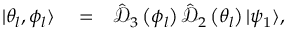
\begin{array} { r l r } { | \theta _ { l } , \phi _ { l } \rangle } & { { } = } & { \hat { \mathcal D } _ { 3 } \left( \phi _ { l } \right) \hat { \mathcal D } _ { 2 } \left( \theta _ { l } \right) | \psi _ { 1 } \rangle , } \end{array}